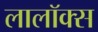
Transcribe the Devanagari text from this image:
लालॉक्स